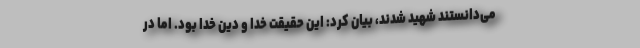
می‌دانستند شهید شدند، بیان کرد: این حقیقت خدا و دین خدا بود. اما در